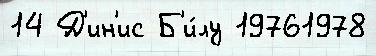
14 Д'ин'ис Б'и́лу 19761978